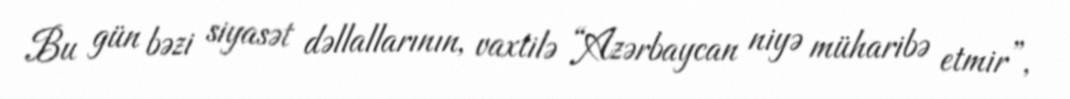
Bu gün bəzi siyasət dəllallarının, vaxtilə “Azərbaycan niyə müharibə etmir”,